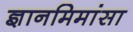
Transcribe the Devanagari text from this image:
ज्ञानमिमांसा